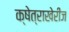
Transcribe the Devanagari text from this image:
क्षेत्राखेरीज